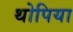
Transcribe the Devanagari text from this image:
थोपिया